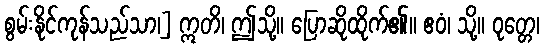
စွမ်းနိုင်ကုန်သည်သာ၊] ဣတိ၊ ဤသို့။ ပြောဆိုထိုက်၏။ ဧဝံ၊ သို့။ ဝုတ္တေ၊